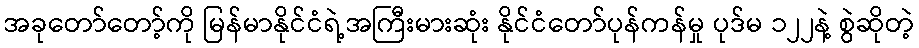
အခုတော်တော့်ကို မြန်မာနိုင်ငံရဲ့အကြီးမားဆုံး နိုင်ငံတော်ပုန်ကန်မှု ပုဒ်မ ၁၂၂နဲ့ စွဲဆိုတဲ့